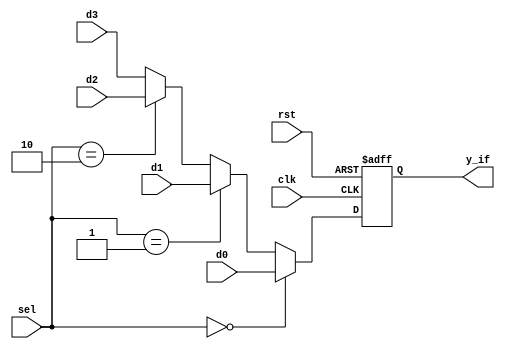
module sel_if(
    input rst,clk,
    input [7:0]d0,d1,d2,d3,
    input [1:0]sel,
    output reg [7:0]y_if
);

always@(negedge rst,posedge clk)
if(rst==0)
    y_if <= 0;
else
    if(sel==0)
        y_if <= d0;
    else if(sel==1)
        y_if <= d1;
    else if(sel==2)
        y_if <= d2;
    else
        y_if <= d3;

endmodule